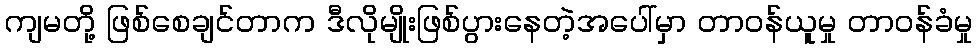
ကျမတို့ ဖြစ်စေချင်တာက ဒီလိုမျိုးဖြစ်ပွားနေတဲ့အပေါ်မှာ တာဝန်ယူမှု တာဝန်ခံမှု